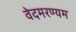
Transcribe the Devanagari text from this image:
वेदमरण्यम